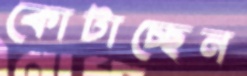
কোটাচ্ছেন